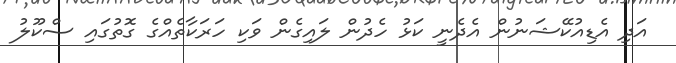
އަދި އެޑިއުކޭޝަނުން އެދެނީ ކަޅު ހެދުން ލައިގެން ވަކި ހަރަކާތެއްގެ ގޮތުގައި ސްކޫލު